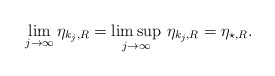
\begin{align*} \lim_{j\to \infty}\eta_{k_j,R} =\limsup_{j\to \infty} \, \eta_{k_j,R} = \eta_{\star,R}. \end{align*}